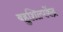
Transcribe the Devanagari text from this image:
बहुशिल्पकेंद्र